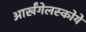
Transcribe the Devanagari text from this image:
आर्खंगेलस्कोये